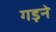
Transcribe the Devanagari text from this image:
गड़ने